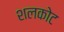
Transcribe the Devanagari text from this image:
शलकोट